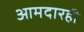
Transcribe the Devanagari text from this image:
आमदारही